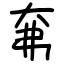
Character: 㚕